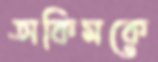
অকিমকে